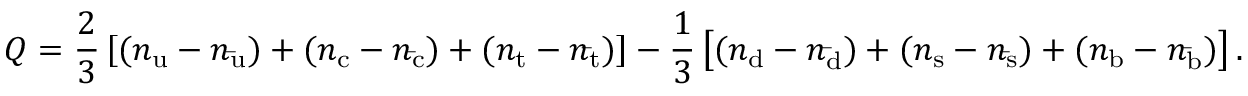
Q = { \frac { 2 } { 3 } } \left[ ( n _ { \mathrm { u } } - n _ { \mathrm { \bar { u } } } ) + ( n _ { \mathrm { c } } - n _ { \mathrm { \bar { c } } } ) + ( n _ { \mathrm { t } } - n _ { \mathrm { \bar { t } } } ) \right] - { \frac { 1 } { 3 } } \left[ ( n _ { \mathrm { d } } - n _ { \mathrm { \bar { d } } } ) + ( n _ { \mathrm { s } } - n _ { \mathrm { \bar { s } } } ) + ( n _ { \mathrm { b } } - n _ { \mathrm { \bar { b } } } ) \right] .